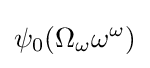
\psi _{0}(\Omega _{\omega }\omega ^{\omega })